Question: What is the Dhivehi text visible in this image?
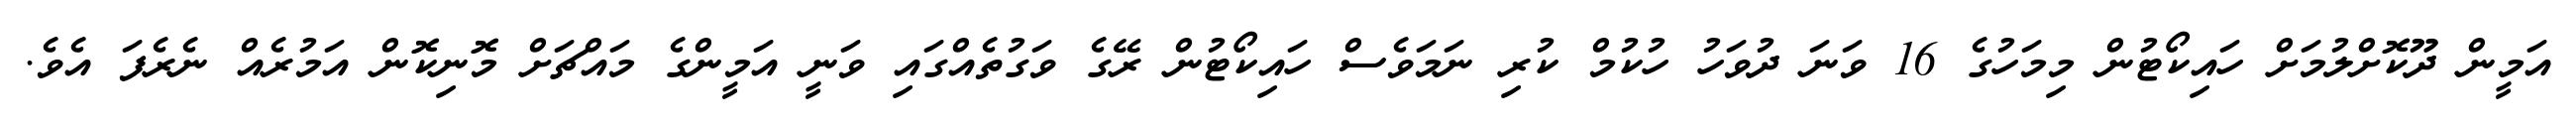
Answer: އަމީން ދޫކޮށްލުމަށް ހައިކޯޓުން މިމަހުގެ 16 ވަނަ ދުވަހު ހުކުމް ކުރި ނަމަވެސް ހައިކޯޓުން ރޭގެ ވަގުތެއްގައި ވަނީ އަމީންގެ މައްޗަށް މޮނިކޮން އަމުރެއް ނެރެފަ އެވެ.